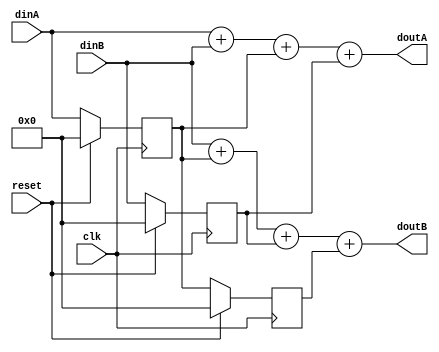
module movavg(input wire         clk,
	      input wire 	 reset,
	      input wire [63:0]  dinA,
	      input wire [63:0]  dinB,
	      output wire [63:0] doutA,
	      output wire [63:0] doutB);

   reg [63:0] 			  tap1, tap1_next;
   reg [63:0] 			  tap2, tap2_next;
   reg [63:0] 			  tap3, tap3_next;

   always @(posedge clk)
     begin
	if (reset)
	  begin
	     tap1 <= 64'h0;
	     tap2 <= 64'h0;
	     tap3 <= 64'h0;
	  end
	else
	  begin
	     tap1 <= tap1_next;
	     tap2 <= tap2_next;
	     tap3 <= tap3_next;
	  end
     end // always @ (posedge clk)

   reg [63:0] doutregA;
   reg [63:0] doutregB;
   
   always @(*)
     begin
	doutregA   = dinA + dinB + tap1 + tap2;
	doutregB   = dinB + tap1 + tap2 + tap3;
	tap1_next  = dinA;
	tap2_next  = dinB;
	tap3_next  = tap1;	
     end

   assign doutA = doutregA;
   assign doutB = doutregB;
   
endmodule